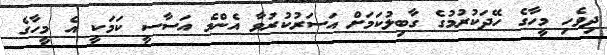
ދިވެހި މީހާގެ ހޭދަކުރުމުގެ ގާބިލުކަމަށް އަސަރުކުރުވާ އެންމެ އަސާސީ ކަމަކީ އެ މީހާގެ